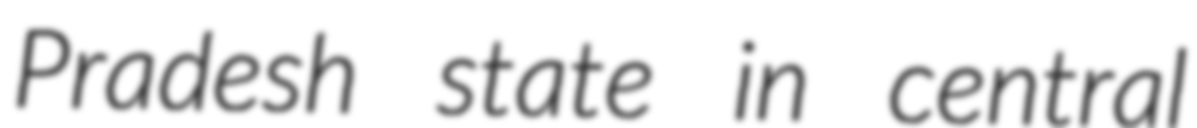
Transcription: Pradesh state in central